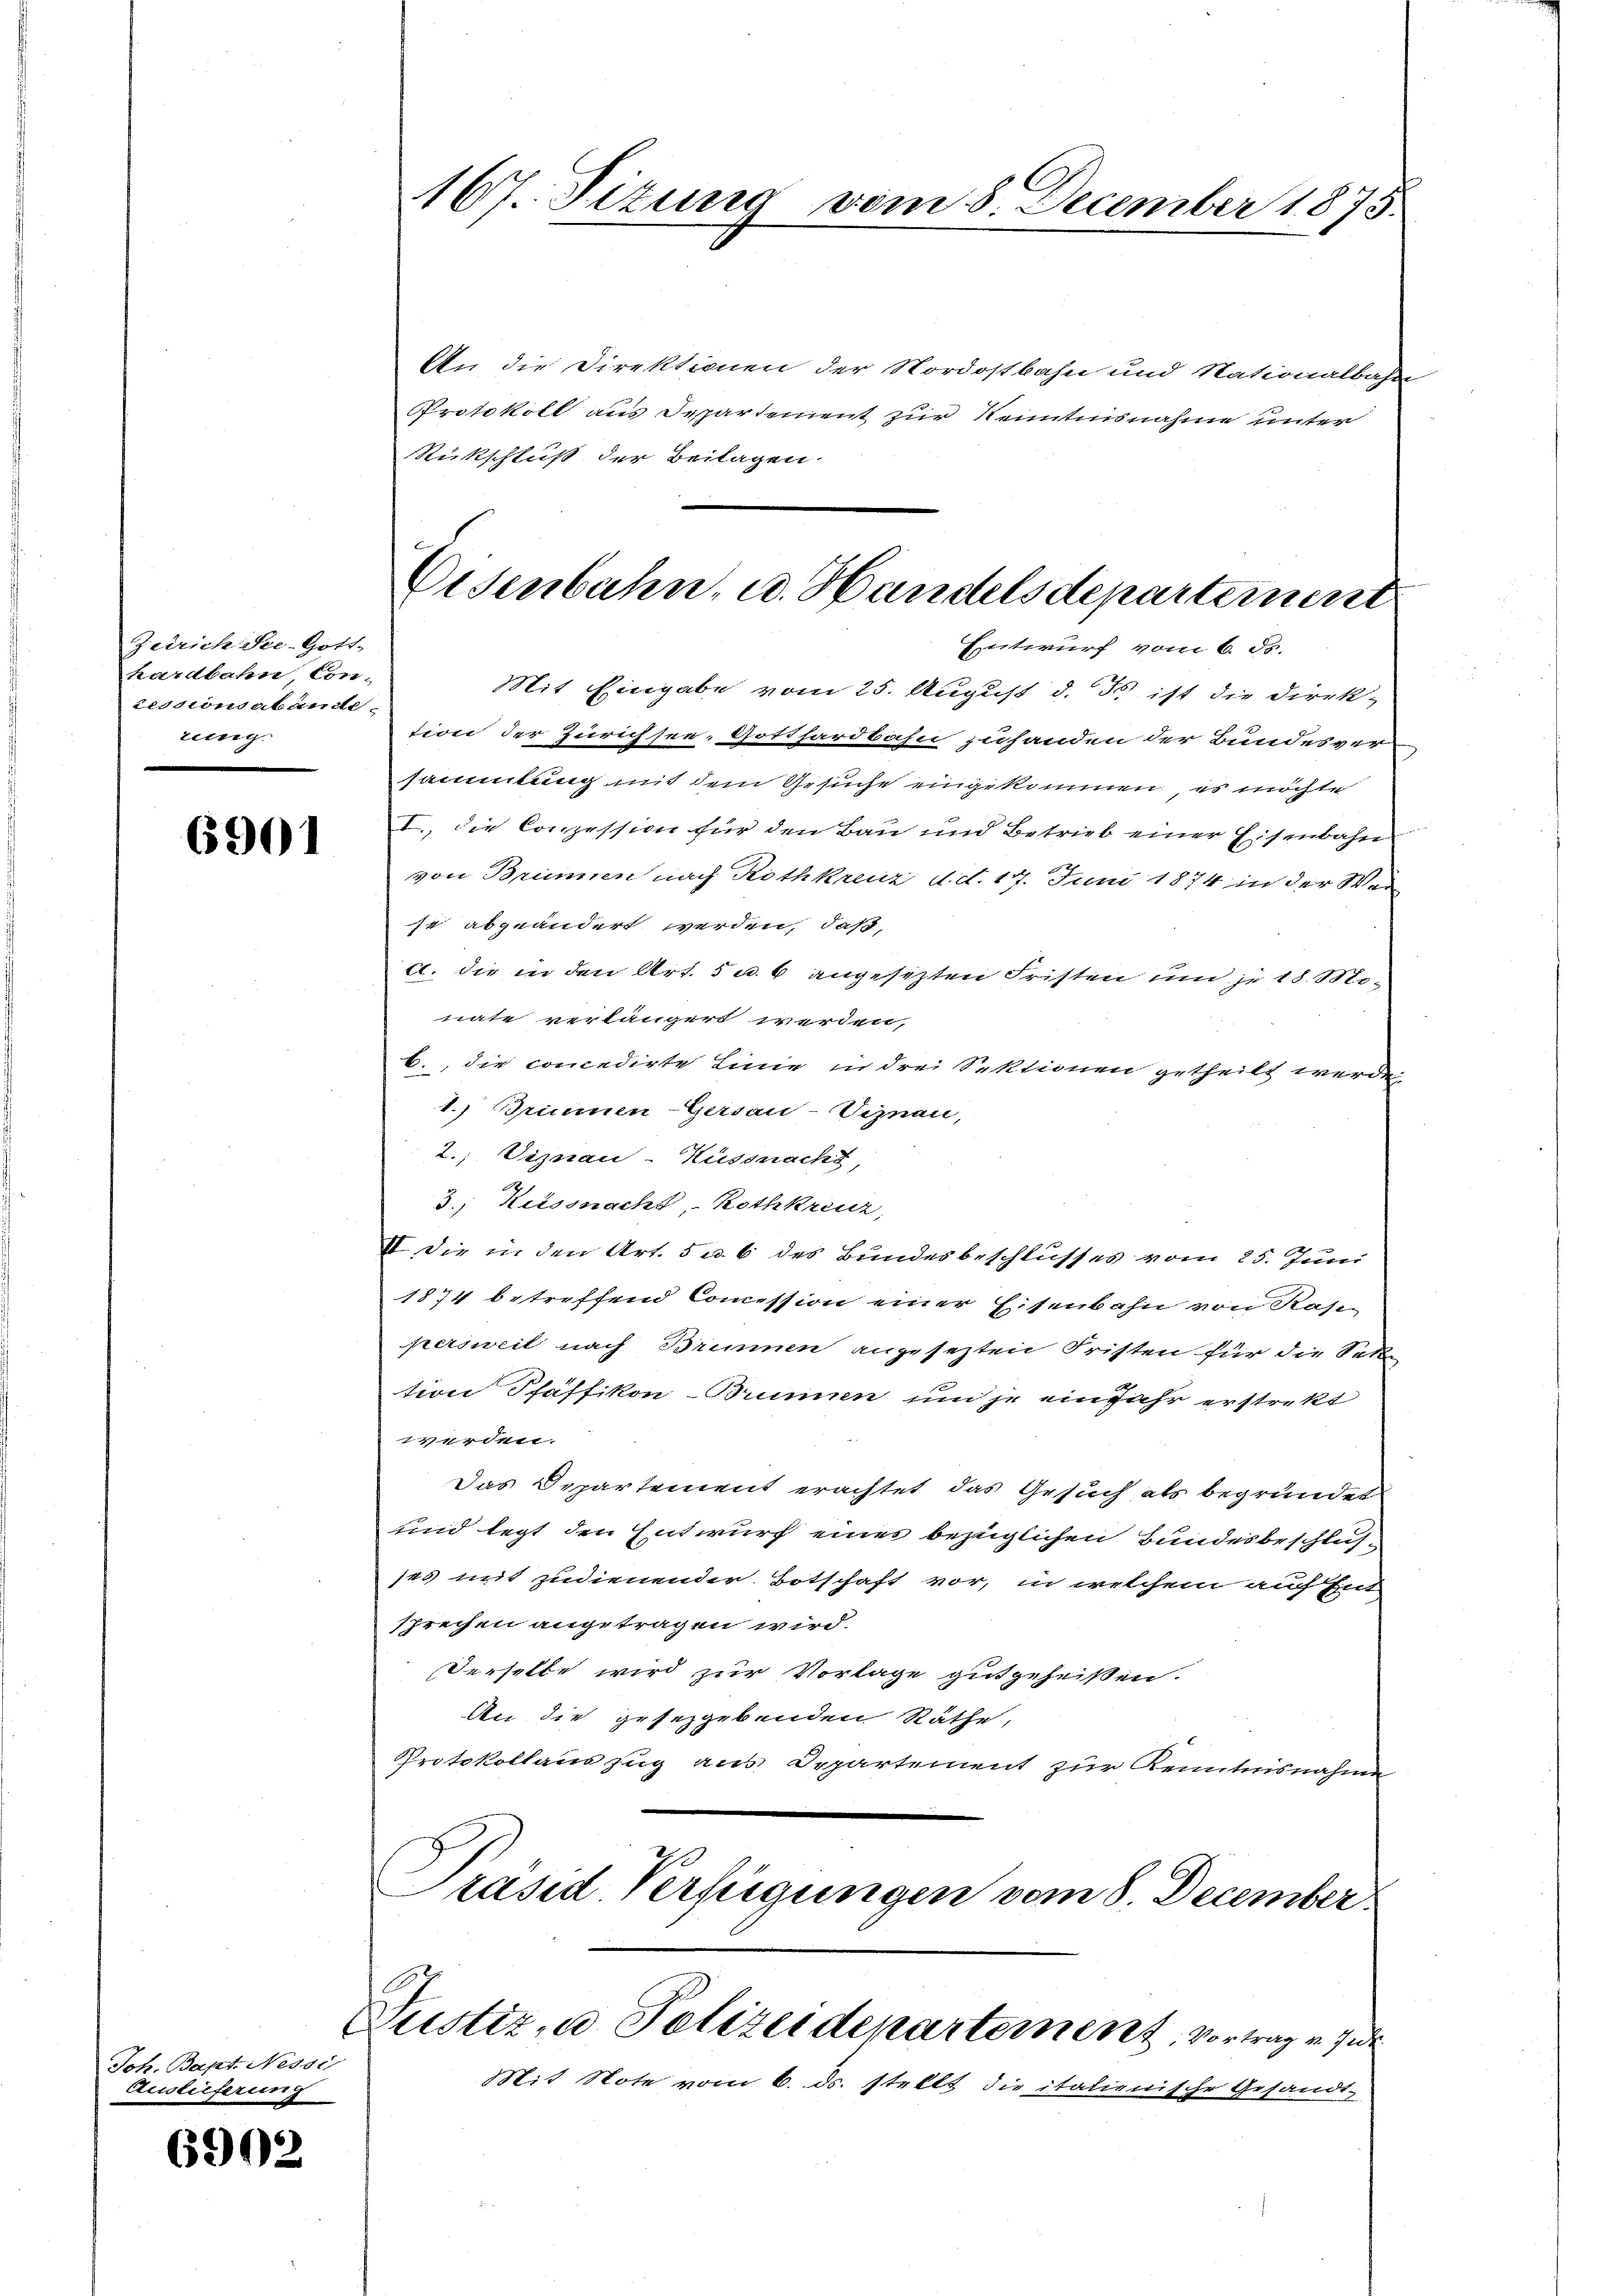
Zürich See-Gott.
hardbahn Concessionsabände
einig

6901

Joh. Bapt. Nessi
Auslieferung

6902

167. Sizung vom 8. December 1875.

An die Direktionen der Nordostbahn und Nationalbader
Protokoll aus Departement zur Kenntnisnahme unter
Rückschluß der Beilagen.

Eisenbahn, u. Handelsdepartement
Entwurf vom 6. ds.

Mit Eingabe vom 25. August d. Js. ist die Direk-
tion der Zürichsee, Gotthardbahn zuhanden der Bundesver
samlung mit dem Gesuche eingekommen, es möchte
I. die Conzession für den Bau und Betrieb einer Eisenbahn
von Brunnen nach Rothkreuz d. d. 17. Juni 1874 in der Wei
14 abgeändert werden, daß,
c. die in den Art. 5 u. 6 angesezten Fristen um je 18. Monate verlängert werden,
b., die concedirte Linie in drei Sektionen getheilt werde
1.) Brunnen-Gersau-Viznau,
2., Viznau-Küssnacht,
2
3., Heissnacht, Rothkreuz,
II. Die in den Art. 5 u. 6 des Bundesbeschlusses vom 25. Juni
1874 betreffend Commission einer Eisenbahn von Kaspersweil nach Brinnen angesezten Fristen für die Geden
tion Pfäffikon Brunnen um je ein Jahr erstrekt
werden.
Das Departement erachtet das Gesuch als begründet
und legt den Entwurf eines bezüglichen Bundesbeschlusjes mit zudienender Botschaft vor, in welchem auf Ent
sprechen angetragen wird.
Derselbe wird zur Vorlage gutgeheißen.
An die gesezgebenden Räthe,
Protokollauszug aus Departement zur Kenntnisnahm
räsid Verfügungen vom 8. December.

7
Justiz, u. Polizeidepartement Vortrag v. Jede
Mit Note vom 6. ds. stellt die italienische Gesandt